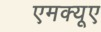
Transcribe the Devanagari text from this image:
एमक्यूए